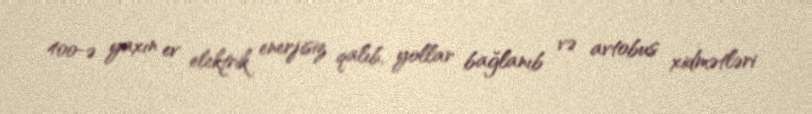
400-ə yaxın ev elektrik enerjisiz qalıb, yollar bağlanıb və avtobus xidmətləri